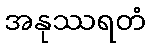
အနုဿရတံ